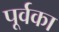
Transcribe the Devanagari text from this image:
पूर्वका